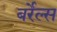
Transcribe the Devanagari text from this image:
बर्रेल्स